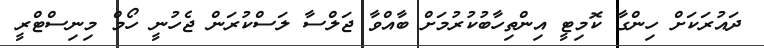
ދައުރަކަށް ހިންގާ ކޮމިޓީ އިންތިހާބުކުރުމަށް ބާއްވާ ޖަލްސާ ލަސްކުރަން ޖެހުނީ ހޯމް މިނިސްޓްރީ